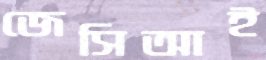
জেসিআই